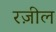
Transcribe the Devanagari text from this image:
रज़ील